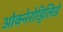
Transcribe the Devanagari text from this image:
ओक्नेरोड्रिलिडे